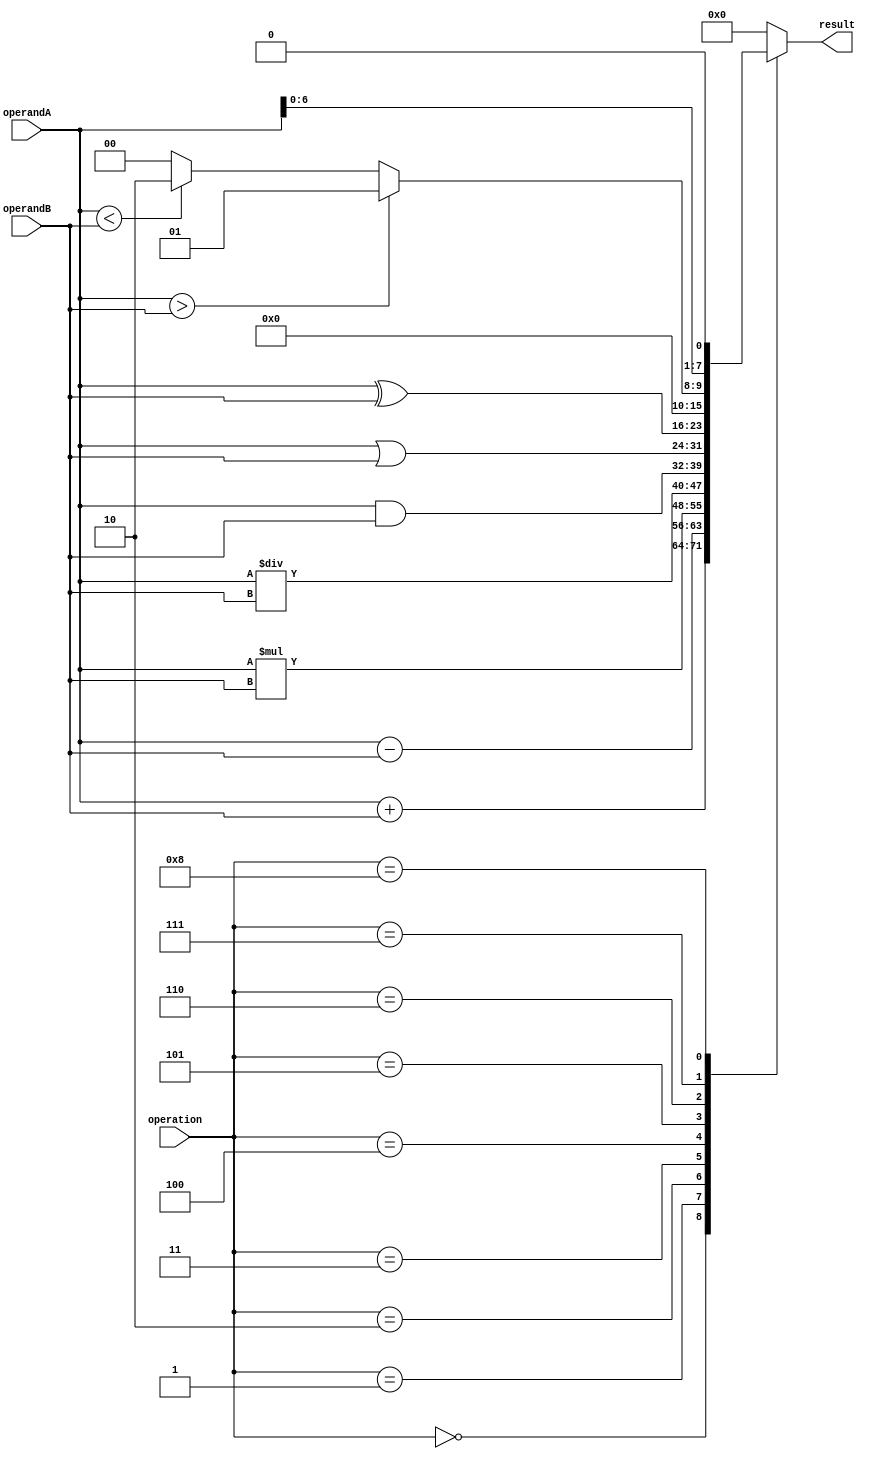
module ALU (
    input [7:0] operandA,
    input [7:0] operandB,
    input [3:0] operation,
    output reg [7:0] result
);

// Functional Blocks
reg [7:0] sum;
reg [7:0] difference;
reg [7:0] product;
reg [7:0] quotient;
reg [7:0] and_result;
reg [7:0] or_result;
reg [7:0] xor_result;
reg [7:0] comparison_result;
reg [7:0] shift_result;

// Adder
always @* begin
    sum = operandA + operandB;
end

// Subtractor
always @* begin
    difference = operandA - operandB;
end

// Multiplier
always @* begin
    product = operandA * operandB;
end

// Divider
always @* begin
    quotient = operandA / operandB;
end

// AND
always @* begin
    and_result = operandA & operandB;
end

// OR
always @* begin
    or_result = operandA | operandB;
end

// XOR
always @* begin
    xor_result = operandA ^ operandB;
end

// Comparison
always @* begin
    if (operandA > operandB)
        comparison_result = 8'b00000001;
    else if (operandA < operandB)
        comparison_result = 8'b00000010;
    else
        comparison_result = 8'b00000000;
end

// Shifter (shift left by 1)
always @* begin
    shift_result = operandA << 1;
end

// Output generation based on operation selected
always @* begin
    case(operation)
        4'b0000: result = sum;
        4'b0001: result = difference;
        4'b0010: result = product;
        4'b0011: result = quotient;
        4'b0100: result = and_result;
        4'b0101: result = or_result;
        4'b0110: result = xor_result;
        4'b0111: result = comparison_result;
        4'b1000: result = shift_result;
        default: result = 8'b00000000;
    endcase
end

endmodule